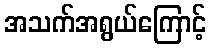
အသက်အရွယ်ကြောင့်